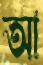
আ